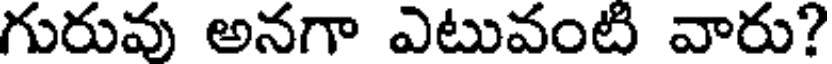
గురువు అనగా ఎటువంటి వారు?